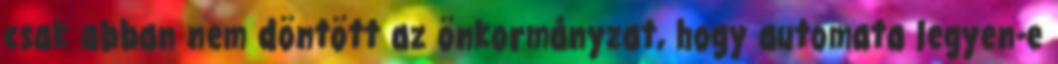
csak abban nem döntött az önkormányzat, hogy automata legyen-e